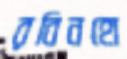
রবিনহো